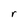
Character: r